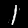
Label: 1